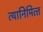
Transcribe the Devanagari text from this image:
त्‍यानिमित्‍त